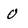
Character: O